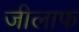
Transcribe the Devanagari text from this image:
जीलाफ